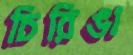
চিরিঙা